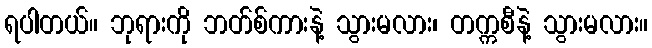
ရပါတယ်။ ဘုရားကို ဘတ်စ်ကားနဲ့ သွားမလား၊ တက္ကစီနဲ့ သွားမလား။